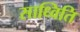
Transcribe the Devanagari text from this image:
साध्विति